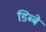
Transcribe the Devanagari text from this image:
डिब्बे